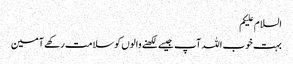
السلام علیکم
بہت خوب اللہ آپ جیسے لکھنے والوں کو سلامت رکھے آمین